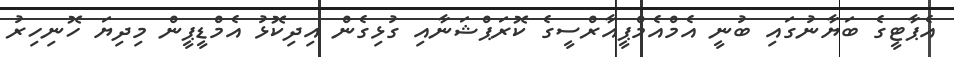
އެޕާޓީގެ ބަޔާނުގައި ބުނީ އެމްއެމްޕީއާރްސީގެ ކޮރަޕްޝަނާއި ގުޅިގެން އިދިކޮޅު އެމްޑީޕީން މިދިޔަ ހޮނިހިރު